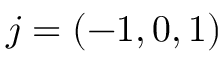
j = ( - 1 , 0 , 1 )